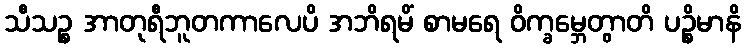
သီသဉ္စ အာတုရီဘူတကာလေပိ အဘိရမိံ စာမရေ ဝိက္ခမ္ဘေတွာတိ ပဉ္စိမာနိ